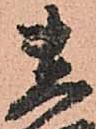
貴